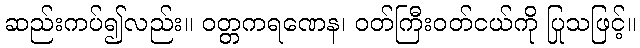
ဆည်းကပ်၍လည်း။ ဝတ္တကရဏေန၊ ဝတ်ကြီးဝတ်ငယ်ကို ပြုသဖြင့်။